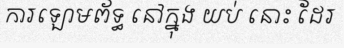
ការឡោមព័ទ្ធ នៅក្នុង យប់ នោះ ដែរ